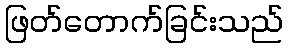
ဖြတ်တောက်ခြင်းသည်